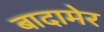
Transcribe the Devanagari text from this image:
बादामेर